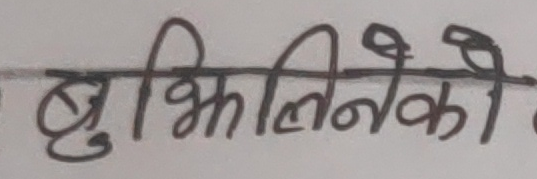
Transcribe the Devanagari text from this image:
बुझिलिनेको